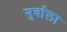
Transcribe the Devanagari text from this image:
नुर्वाला